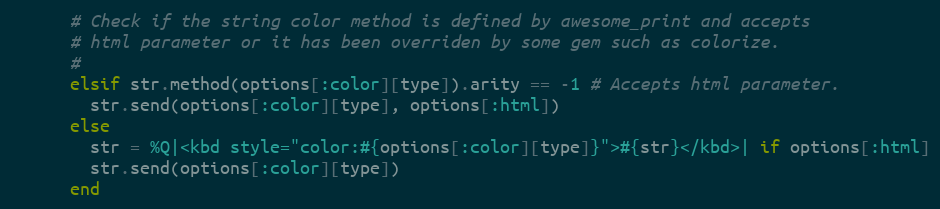
Language: Ruby
      # Check if the string color method is defined by awesome_print and accepts
      # html parameter or it has been overriden by some gem such as colorize.
      #
      elsif str.method(options[:color][type]).arity == -1 # Accepts html parameter.
        str.send(options[:color][type], options[:html])
      else
        str = %Q|<kbd style="color:#{options[:color][type]}">#{str}</kbd>| if options[:html]
        str.send(options[:color][type])
      end